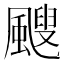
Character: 颼